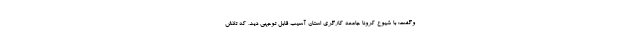
وگفت: با شیوع کرونا جامعه کارگری استان آسیب قابل توجهی دید، که تلاش